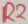
Text: R2